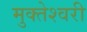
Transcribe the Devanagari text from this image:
मुक्‍तेश्‍वरी